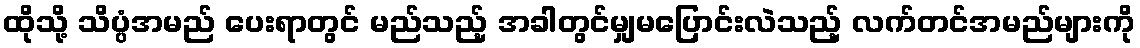
ထိုသို့ သိပ္ပံအမည် ပေးရာတွင် မည်သည့် အခါတွင်မျှမပြောင်းလဲသည့် လက်တင်အမည်များကို